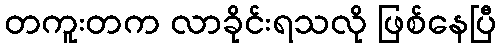
တကူးတက လာခိုင်းရသလို ဖြစ်နေပြီ